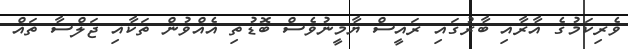
ވެރިކަމުގެ އާރާއި ބާރުގައި ރައީސް ޔާމީނުވެސް ބޮޑުތި އެއްވުން ތަކާއި ޖަލްސާ ތައް